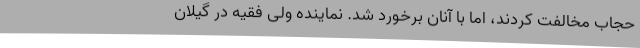
حجاب مخالفت کردند، اما با آنان برخورد شد. نماینده ولی فقیه در گیلان